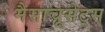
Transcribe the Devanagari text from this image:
मैसाचूसेट्स